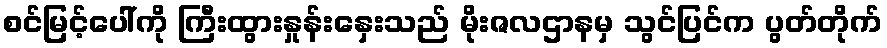
စင်မြင့်ပေါ်ကို ကြီးထွားနှုန်းနှေးသည် မိုးဇလဌာနမှ သွင်ပြင်က ပွတ်တိုက်